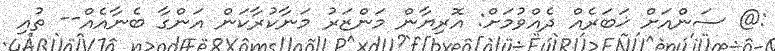
:@ ސަންއަށް ޚަބަރެއް ދެއްވުމަށް: އޮރިޔާން މަންޒަރު މަނާކުރާކަން އަންގާ ބެނާއެއް-- ތުއި